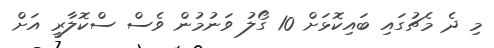
މި ދެ މެޗުގައި ބައިކޮޅަށް 10 ގޯލު ވަނުމުން ވެސް ސްކޮލާރީ އަށް